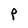
Character: P